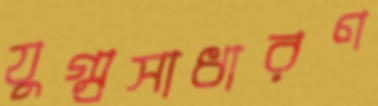
যুগ্ম্রসাধারণ